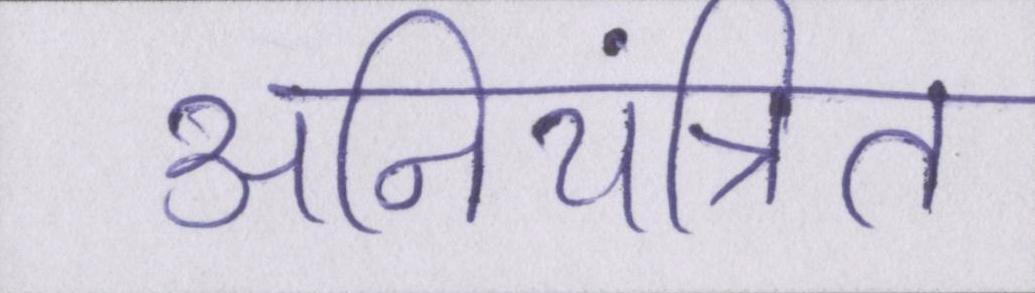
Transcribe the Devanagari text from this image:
अनियंत्रित